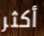
أكثر